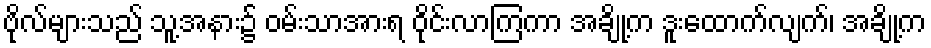
ဗိုလ်များသည် သူ့အနား၌ ဝမ်းသာအားရ ဝိုင်းလာကြကာ အချို့က ဒူးထောက်လျက်၊ အချို့က